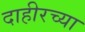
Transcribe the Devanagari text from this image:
दाहीरच्या